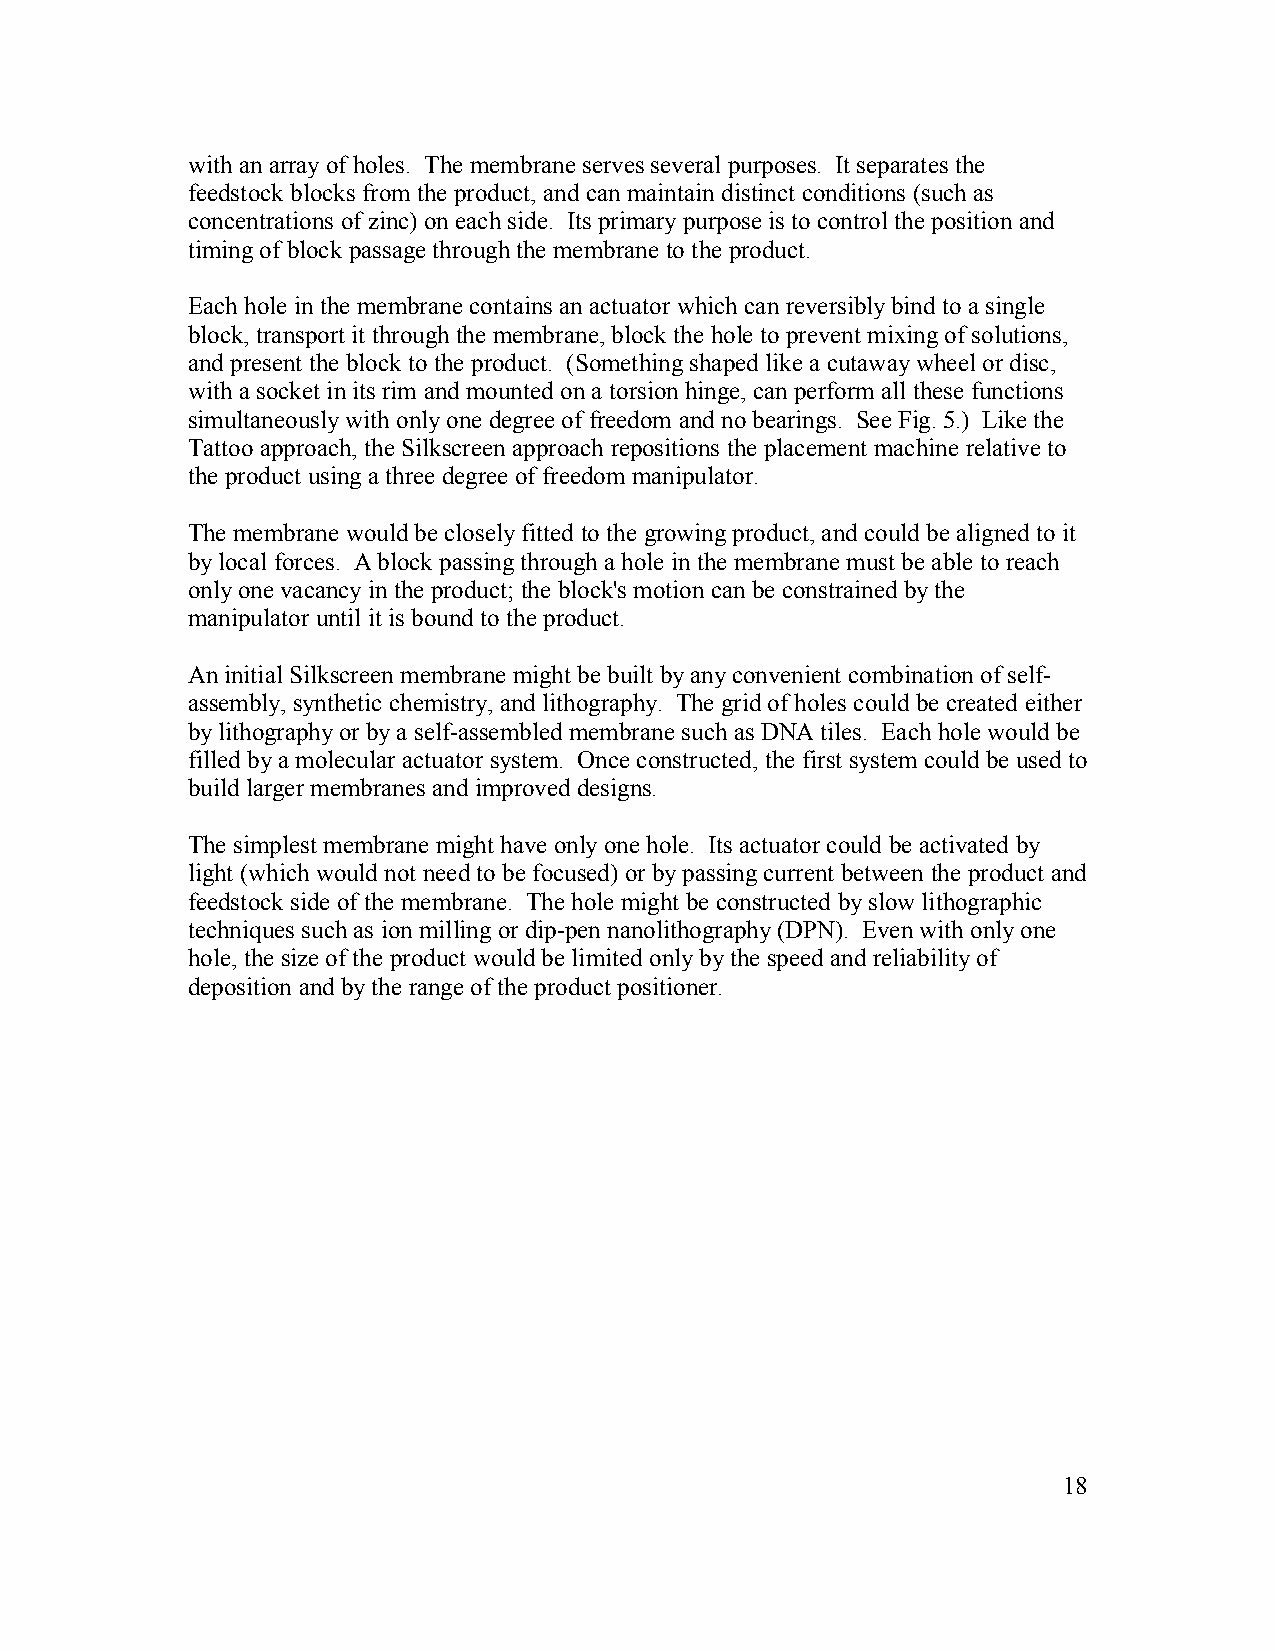
with an array of holes. The membrane serves several purposes. It separates the
 feedstock blocks from the product, and can maintain distinct conditions (such as
 concentrations of zinc) on each side. Its primary purpose is to control the position and
 timing of block passage through the membrane to the product.
 Each hole in the membrane contains an actuator which can reversibly bind to a single
 block, transport it through the membrane, block the hole to prevent mixing of solutions,
 and present the block to the product. (Something shaped like a cutaway wheel or disc,
 with a socket in its rim and mounted on a torsion hinge, can perform all these functions
 simultaneously with only one degree of freedom and no bearings. See Fig. 5.) Like the
 Tattoo approach, the Silkscreen approach repositions the placement machine relative to
 the product using a three degree of freedom manipulator.
 The membrane would be closely fitted to the growing product, and could be aligned to it
 by local forces. A block passing through a hole in the membrane must be able to reach
 only one vacancy in the product; the block's motion can be constrained by the
 manipulator until it is bound to the product.
 An initial Silkscreen membrane might be built by any convenient combination of self-
 assembly, synthetic chemistry, and lithography. The grid of holes could be created either
 by lithography or by a self-assembled membrane such as DNA tiles. Each hole would be
 filled by a molecular actuator system. Once constructed, the first system could be used to
 build larger membranes and improved designs.
 The simplest membrane might have only one hole. Its actuator could be activated by
 light (which would not need to be focused) or by passing current between the product and
 feedstock side of the membrane. The hole might be constructed by slow lithographic
 techniques such as ion milling or dip-pen nanolithography (DPN). Even with only one
 hole, the size of the product would be limited only by the speed and reliability of
 deposition and by the range of the product positioner.
 18